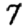
Digit: 7